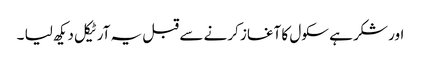
اور شکر ہے سکول کا آغاز کرنے سے قبل یہ آرٹیکل دیکھ لیا ۔